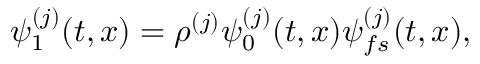
\psi _ { 1 } ^ { ( j ) } ( t , x ) = \rho ^ { ( j ) } \psi _ { 0 } ^ { ( j ) } ( t , x ) \psi _ { f s } ^ { ( j ) } ( t , x ) ,